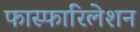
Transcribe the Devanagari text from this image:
फास्फारिलेशन